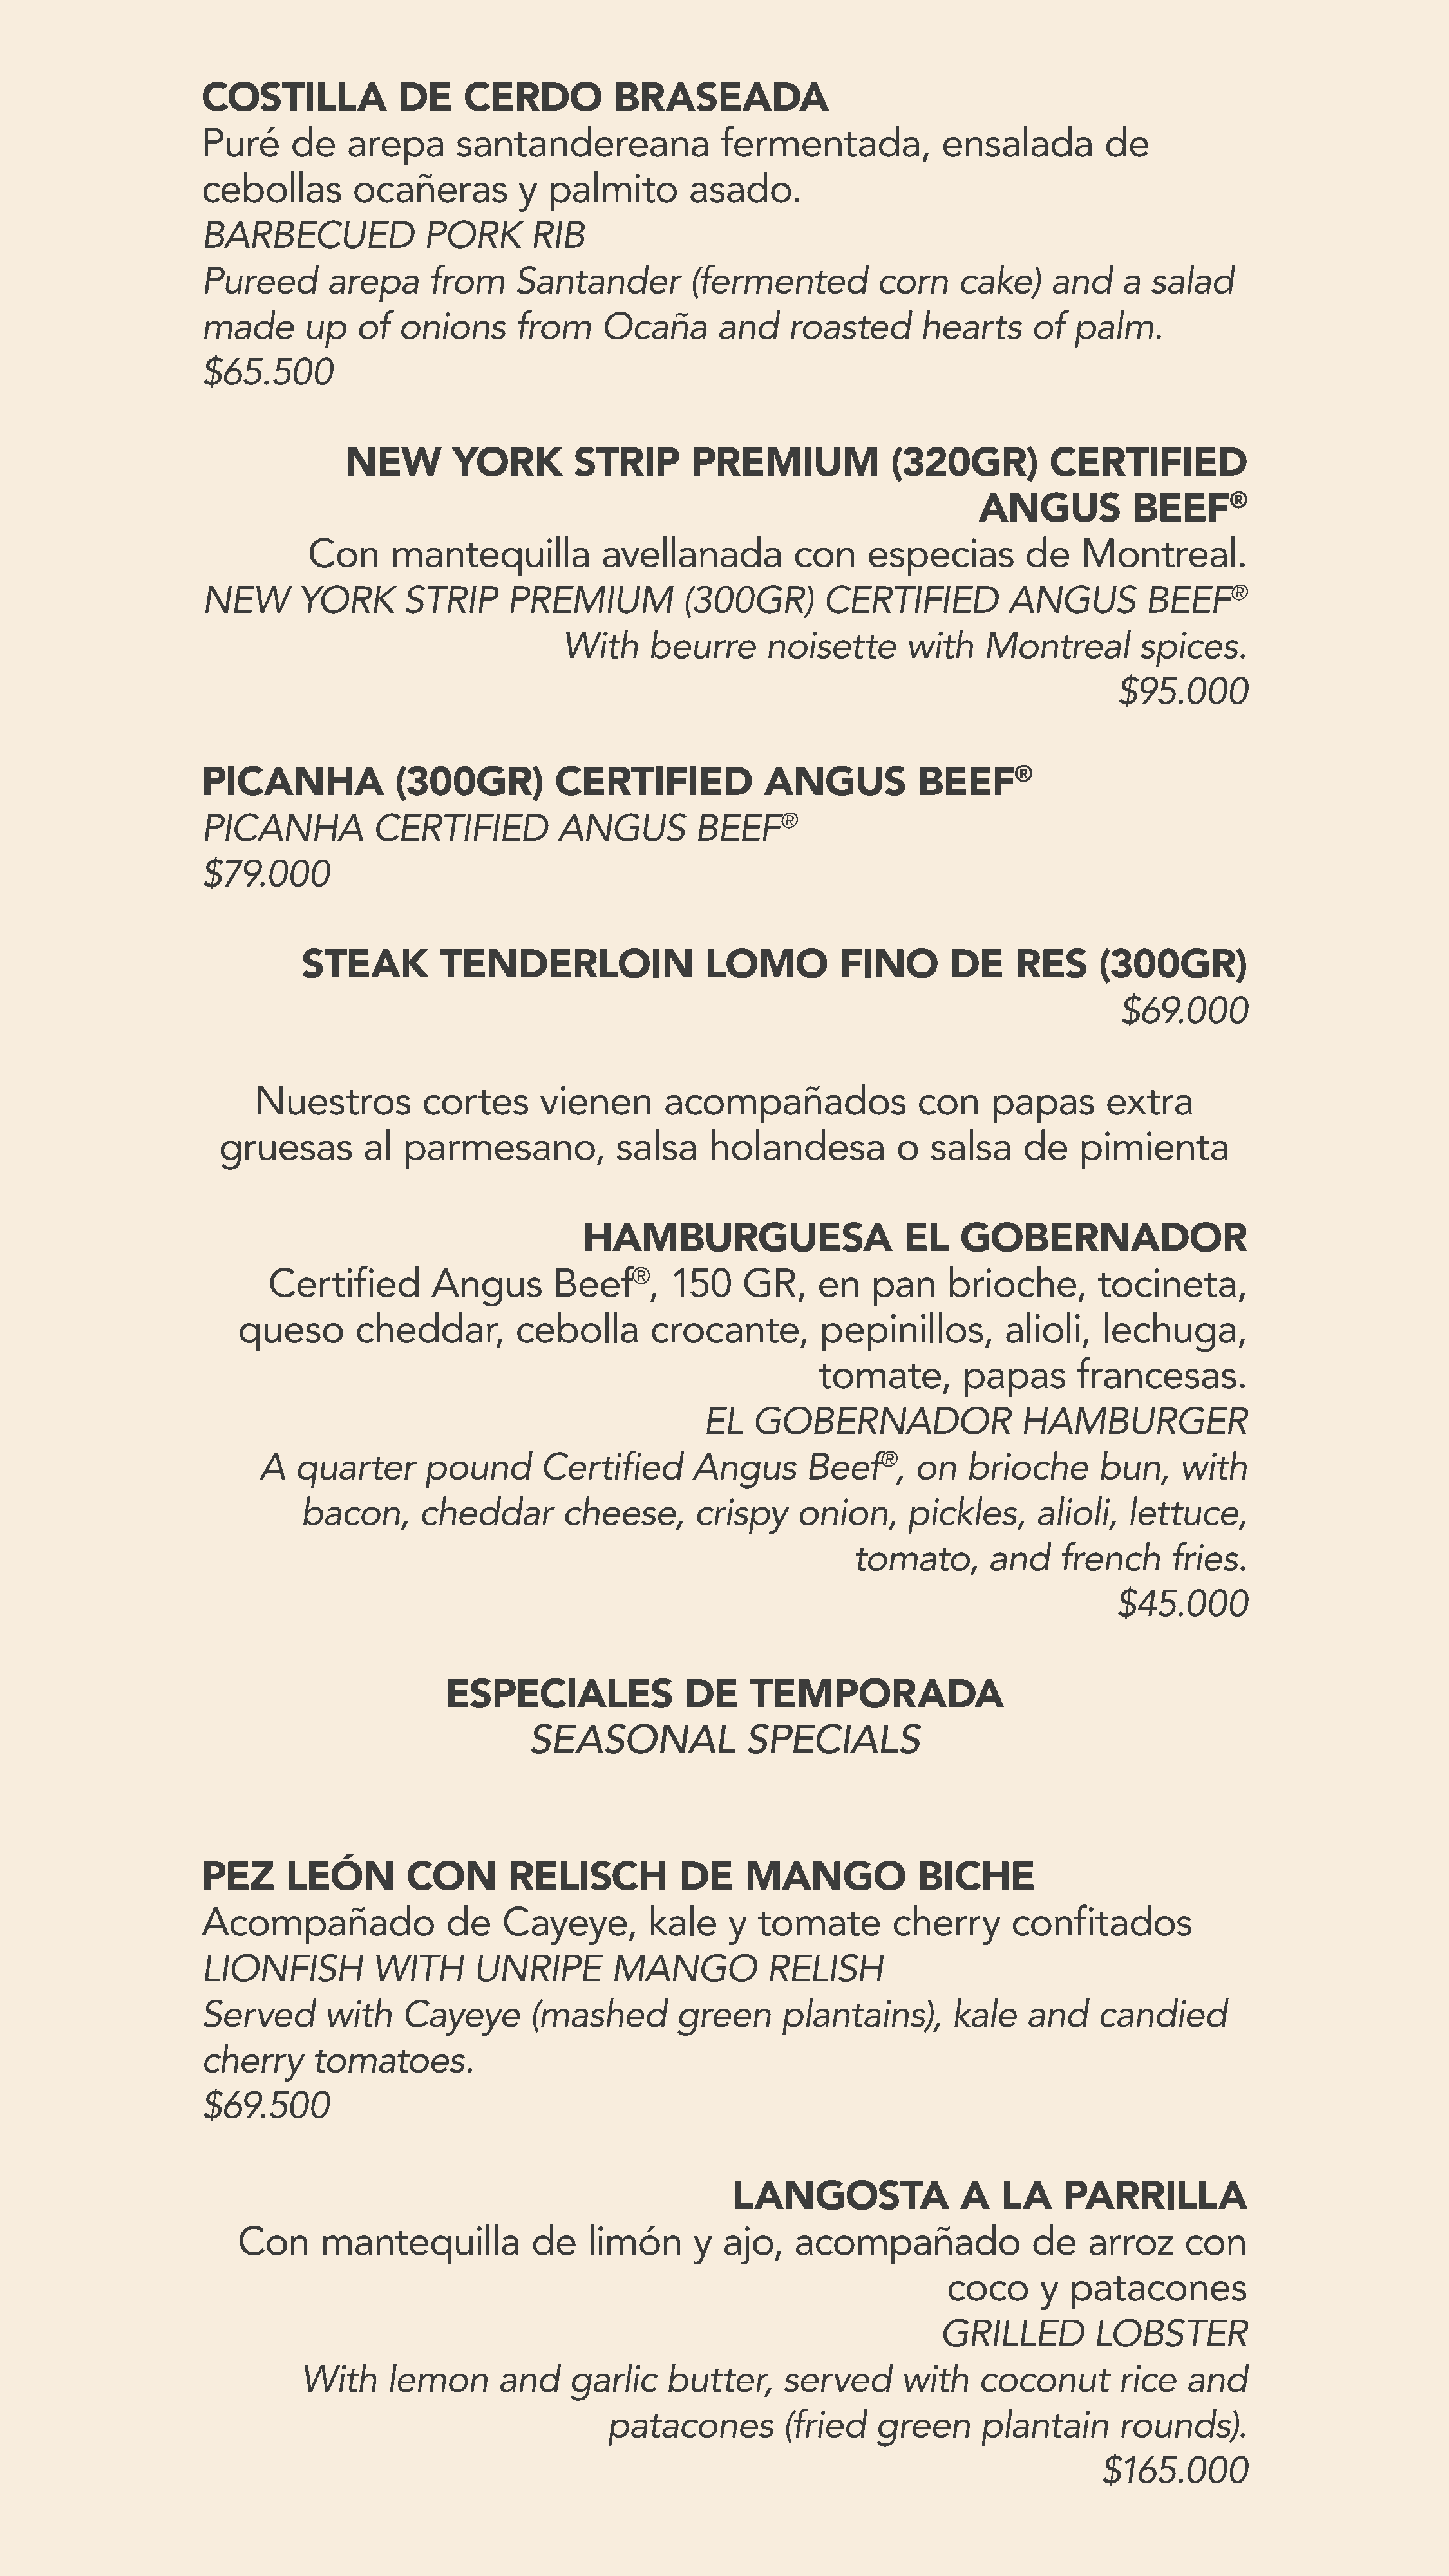
COSTILLA            DE     CERDO          BRASEADA
 Puré     de    arepa      santandereana              fermentada,            ensalada         de
 cebollas       ocañeras         y  palmito        asado.
 BARBECUED              PORK       RIB
 Pureed       arepa     from     Santander         (fermented         corn     cake)    and    a  salad
 made      up    of  onions      from     Ocaña       and    roasted       hearts     of  palm.
 $65.500
 NEW        YORK         STRIP       PREMIUM              (320GR)         CERTIFIED
 ®
 ANGUS          BEEF
 Con     mantequilla           avellanada          con    especias        de    Montreal.
 NEW       YORK      STRIP      PREMIUM           (300GR)        CERTIFIED          ANGUS         BEEF®
 With     beurre      noisette      with    Montreal        spices.
 $95.000
 ®
 PICANHA             (300GR)         CERTIFIED             ANGUS          BEEF
 PICANHA          CERTIFIED          ANGUS         BEEF®
 $79.000
 STEAK         TENDERLOIN                 LOMO          FINO        DE    RES      (300GR)
 $69.000
 Nuestros         cortes      vienen       acompañados               con     papas       extra
 gruesas        al  parmesano,            salsa     holandesa          o   salsa    de    pimienta
 HAMBURGUESA                      EL    GOBERNADOR
 Certified       Angus        Beef®,      150    GR,     en    pan    brioche,        tocineta,
 queso       cheddar,         cebolla       crocante,        pepinillos,        alioli,   lechuga,
 tomate,        papas       francesas.
 EL   GOBERNADOR                  HAMBURGER
 A  quarter       pound       Certified      Angus       Beef®,     on   brioche       bun,    with
 bacon,      cheddar        cheese,      crispy     onion,     pickles,     alioli,   lettuce,
 tomato,       and    french     fries.
 $45.000
 ESPECIALES              DE     TEMPORADA
 SEASONAL               SPECIALS
 PEZ     LEÓN         CON       RELISCH           DE     MANGO            BICHE
 Acompañado               de    Cayeye,        kale    y  tomate        cherry      confitados
 LIONFISH         WITH       UNRIPE        MANGO           RELISH
 Served      with    Cayeye       (mashed         green     plantains),       kale    and    candied
 cherry     tomatoes.
 $69.500
 LANGOSTA                A   LA    PARRILLA
 Con      mantequilla           de   limón      y  ajo,    acompañado              de    arroz     con
 coco      y  patacones
 GRILLED        LOBSTER
 With     lemon      and     garlic   butter,     served       with    coconut       rice   and
 patacones         (fried    green      plantain      rounds).
 $165.000